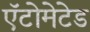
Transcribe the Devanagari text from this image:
ऍटोमेटेड